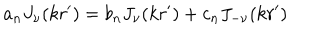
a _ { n } J _ { \nu } ( k r ^ { \prime } ) = b _ { n } J _ { \nu } ( k r ^ { \prime } ) + c _ { n } J _ { - \nu } ( k r ^ { \prime } )